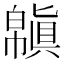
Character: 𢅬